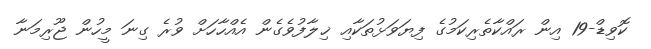
ކޮވިޑް-19 އިން ރައްކާތެރިކަމުގެ ފިޔަވަޅުތަކާއި ޚިލާފުވެގެން އެއްހާހަށް ވުރެ ގިނަ މީހުން ޖޫރިމަނާ